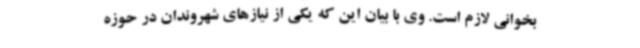
بخوانی لازم است. وی با بیان این که یکی از نیازهای شهروندان در حوزه